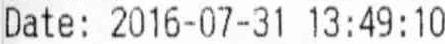
DATE: 2016-07-31 13:49:10